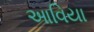
આવિયા